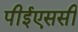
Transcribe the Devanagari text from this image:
पीईएससी